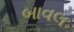
બાવલ